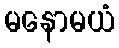
မနောမယံ